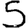
Digit: 5